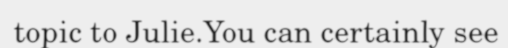
topic to Julie.You can certainly see